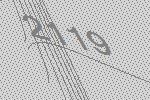
2119